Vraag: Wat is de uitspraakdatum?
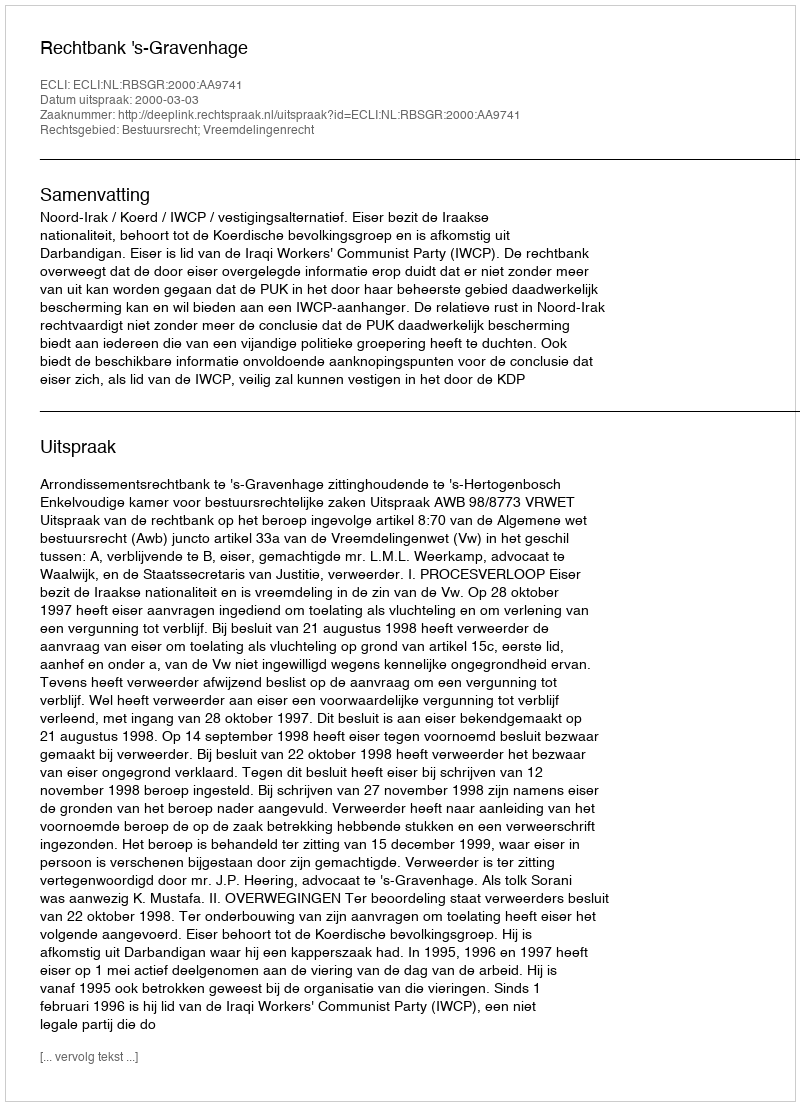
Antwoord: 2000-03-03